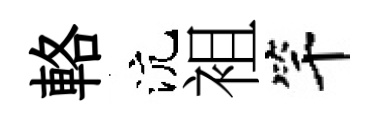
輅沆袓竿